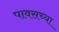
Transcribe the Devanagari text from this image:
पावसच्या